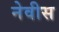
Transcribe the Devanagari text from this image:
नेवीस